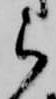
ら